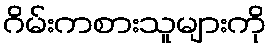
ဂိမ်းကစားသူများကို